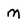
Character: m